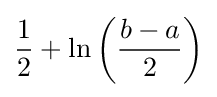
{\frac {1}{2}}+\ln \left({\frac {b-a}{2}}\right)